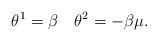
LaTeX: \begin{align*}\theta^1 = \beta \quad\theta^2 = -\beta \mu.\end{align*}